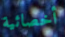
أخصائية